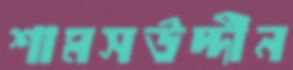
শামসউদ্দীন